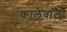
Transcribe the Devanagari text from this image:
कालेवाला